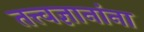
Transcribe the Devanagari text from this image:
तत्त्वज्ञानांना